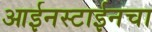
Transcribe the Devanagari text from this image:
आईनस्टाईनचा